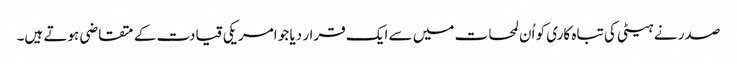
صدر نے ہیٹی کی تباہ کاری کو اُن لمحات میں سے ایک قرار دیا جو امریکی قیادت کے متقاضی ہوتے ہیں۔